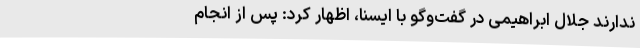
ندارند جلال ابراهیمی در گفت‌وگو با ایسنا، اظهار کرد: پس از انجام